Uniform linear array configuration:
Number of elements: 48
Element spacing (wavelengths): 1
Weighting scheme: cosine
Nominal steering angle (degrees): -60
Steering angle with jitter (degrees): -59.595
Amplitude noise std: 0.05
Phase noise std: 0.05

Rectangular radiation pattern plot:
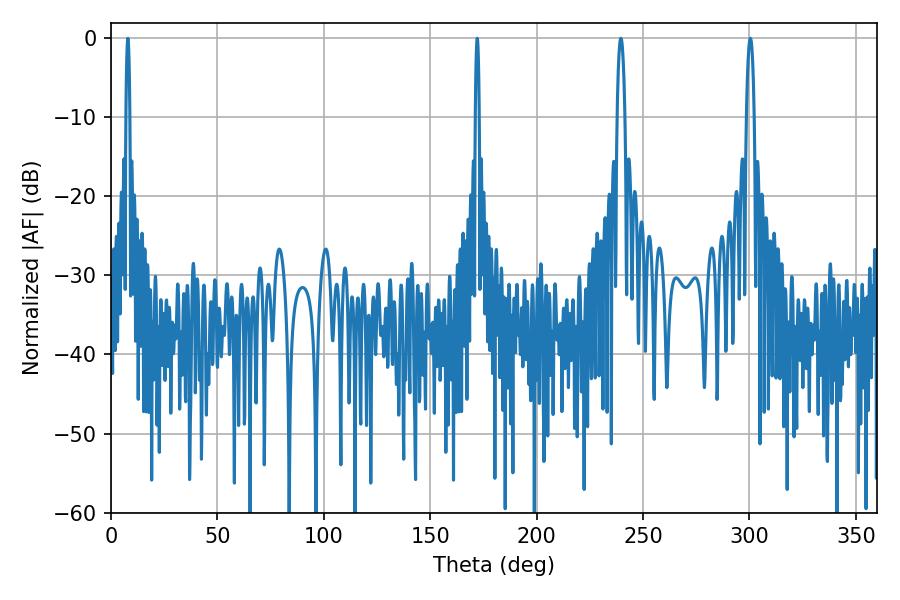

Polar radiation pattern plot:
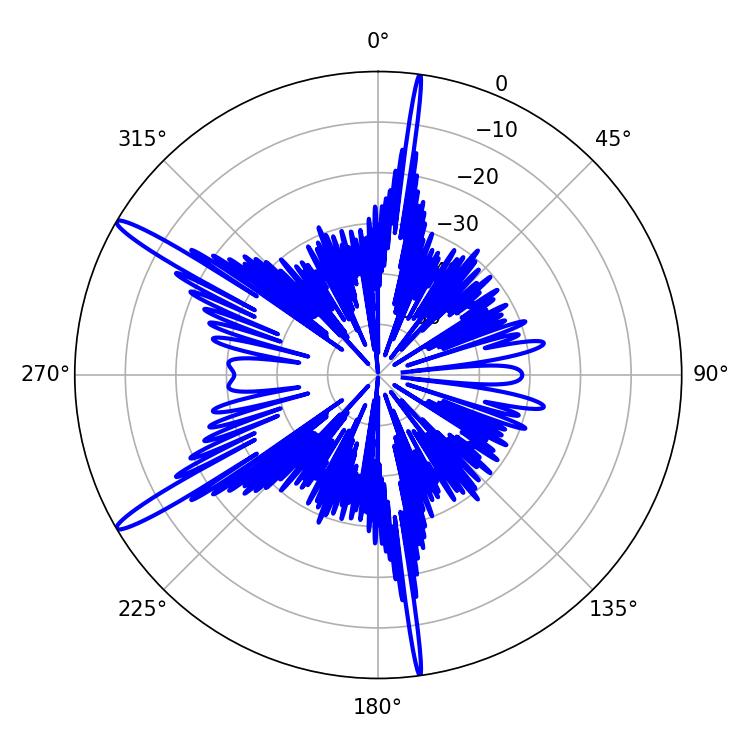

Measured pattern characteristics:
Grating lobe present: TRUE
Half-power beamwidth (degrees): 2.16
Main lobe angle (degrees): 239.58